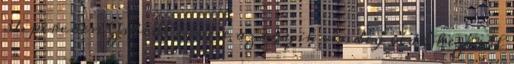
31. percben Zsdrál lövése az egyik vendég védő kezéről